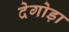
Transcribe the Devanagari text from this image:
देगोड़ा